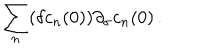
LaTeX: \sum _ { n } ( \delta c _ { n } ( 0 ) ) \partial _ { \sigma } c _ { n } ( 0 ) \, .